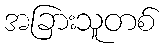
အခြားသူတစ်